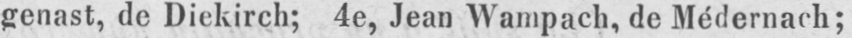
genast, de Diekirch; 4e, Jean Wampach, de Médernach;